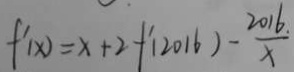
f ^ { \prime } ( x ) = x + 2 f ^ { \prime } ( 2 0 1 6 ) - \frac { 2 0 1 6 _ { \cdot } } { x }